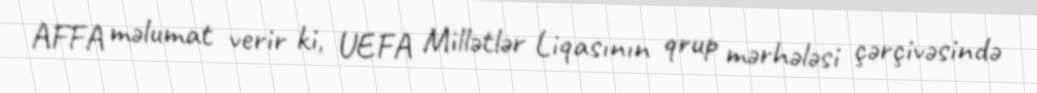
AFFA məlumat verir ki, UEFA Millətlər Liqasının qrup mərhələsi çərçivəsində